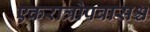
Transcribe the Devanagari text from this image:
एकरात्रोपवासश्च